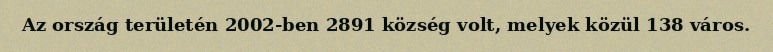
Az ország területén 2002-ben 2891 község volt, melyek közül 138 város.